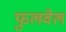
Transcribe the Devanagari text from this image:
फुलवेल